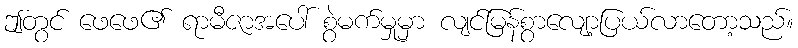
ဤတွင် ဖေဖေ၏ ရာမီဇာအပေါ် စွဲမက်မှုမှာ လျင်မြန်စွာလျော့ပြယ်လာတော့သည်။